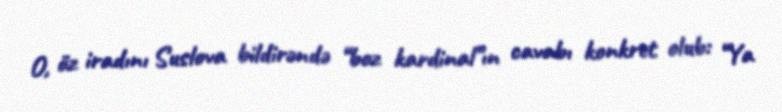
O, öz iradını Suslova bildirəndə “boz kardinal”ın cavabı konkret olub: “Ya